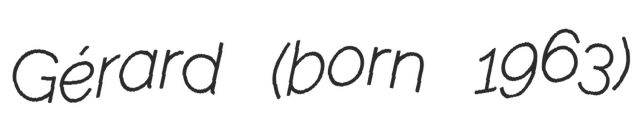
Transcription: Gérard (born 1963)